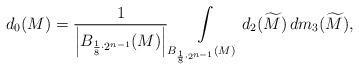
LaTeX: \begin{align*}d_{0}(M)=\frac{1}{\left| B_{\frac{1}{8}\cdot 2^{n-1}}(M)\right|}\int\limits_{ B_{\frac{1}{8}\cdot 2^{n-1}}(M)} d_{2}(\widetilde{M})\, dm_{3}(\widetilde{M}),\end{align*}